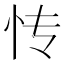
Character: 𰑁